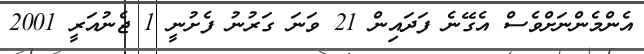
އެންމެންނަށްވެސް އެގޭނެ ފަދައިން 21 ވަނަ ގަރުނު ފެށުނީ 1 ޖެނުއަރީ 2001